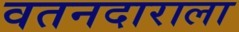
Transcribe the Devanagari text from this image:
वतनदाराला